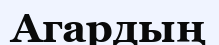
Агардың